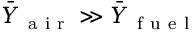
\bar { Y } _ { \mathrm { ~ a ~ i ~ r ~ } } \gg \bar { Y } _ { \mathrm { ~ f ~ u ~ e ~ l ~ } }